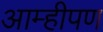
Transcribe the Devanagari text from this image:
आम्हीपण